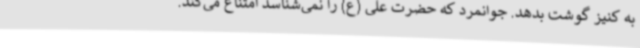
به کنیز گوشت بدهد. جوانمرد که حضرت علی (ع) را نمی‌شناسد امتناع می‌کند.